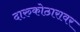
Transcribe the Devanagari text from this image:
दारुकोठारावर